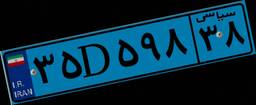
۵۱D۵۰۷۵۶